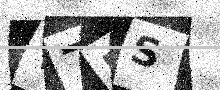
Text: T7BS